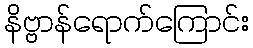
နိဗ္ဗာန်ရောက်ကြောင်း